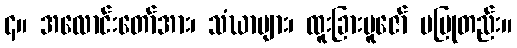
၄။ အလောင်းတော်အား၊ သံဃာများ၊ ထူးခြားပူဇော် မပြုတည်း။